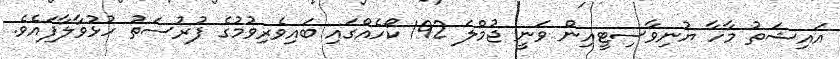
އައިޝަތު މާހާ ޔުނިވާސިޓީއިން ވަނީ ޖުމްލަ 192 ކޯހެއްގައި ބައިވެރިވުމުގެ ފުރުސަތު ހުޅުވާލާފައެވެ.